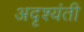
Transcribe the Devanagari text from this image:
अदृश्यंती